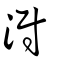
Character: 𣻷